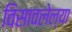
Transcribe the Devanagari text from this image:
विसावलेल्या